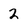
Character: 2